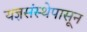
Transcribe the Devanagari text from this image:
यज्ञसंस्थेपासून